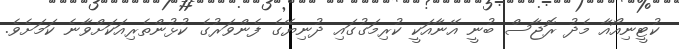
ކުޓީނިއޯއާ މެދު ރޮޖާސް ބުނީ އޭނާއަކީ ކުރިމަގުގައި ދުނިޔޭގެ ފެންވަރުގެ ކުޅުންތެރިއަކަށްވާނެ ކަމަށެވެ.